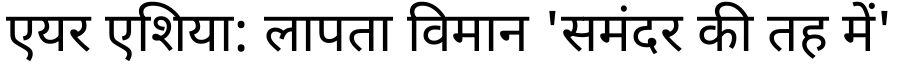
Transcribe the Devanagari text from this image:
एयर एशिया: लापता विमान 'समंदर की तह में'